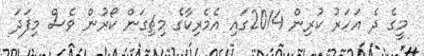
މީގެ ދެ އަހަރު ކުރިން 2014ގައި އެމެރިކާގެ މިޗިގަން ކޯރުން ވެސް މިފަދަ